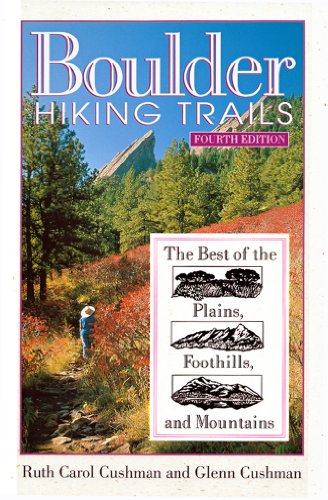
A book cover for Boulder Hiking Trails: The Best of the Plains, Foothills, and Mountains, Fourth Edition; Ruth Carol Cushman; Travel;